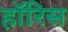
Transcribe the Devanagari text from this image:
हॉरिस